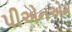
પીએનએમ